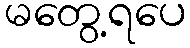
မတွေ့ရပေ